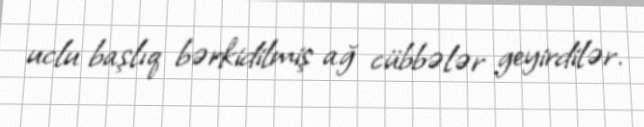
uclu başlıq bərkidilmiş ağ cübbələr geyirdilər.